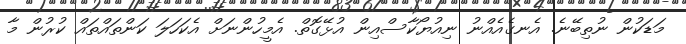
މަޑަކުން ނުތިބޭނެ. އެނގެއެއްނު ނިއުޔޯކާސްއިން އުޅޭގޮތް. އެމީހުންނަށް އެކަހަލަ ކަންތައްތައް ކުރުން މާ